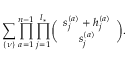
\sum _ { \{ \nu \} } \prod _ { a = 1 } ^ { n - 1 } \prod _ { j = 1 } ^ { l _ { * } } \biggl ( \begin{array} { c } { { s _ { j } ^ { ( a ) } + h _ { j } ^ { ( a ) } } } \\ { { s _ { j } ^ { ( a ) } } } \end{array} \biggr ) .